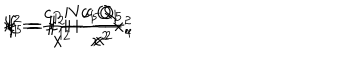
f _ { 1 } = 1 + \frac { c _ { 1 } Q _ { 1 } } { x ^ { 2 } } , \hspace { 1 c m } f _ { 5 } = 1 + \frac { c _ { 5 } Q _ { 5 } } { x ^ { 2 } } , \hspace { 1 c m } k = \frac { c _ { P } N } { x ^ { 2 } } \hspace { 1 c m } x ^ { 2 } = x _ { 1 } ^ { 2 } + \cdots x _ { 4 } ^ { 2 }